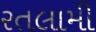
રતલામી